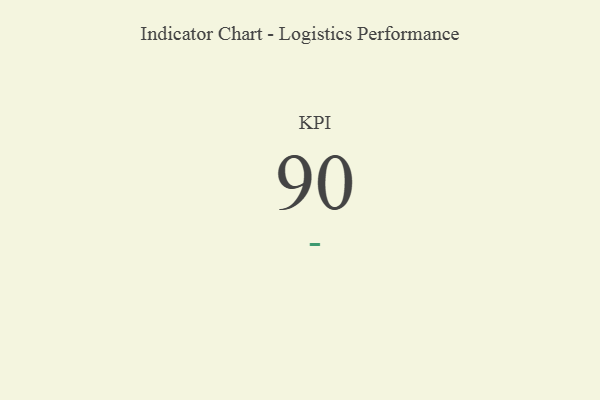
{"axis": {"x": "KPI", "y": "Value"}, "legend": [""], "data": [{"x": "KPI", "y": 90, "type": ""}]}